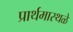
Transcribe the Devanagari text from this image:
प्रार्थमास्थळे